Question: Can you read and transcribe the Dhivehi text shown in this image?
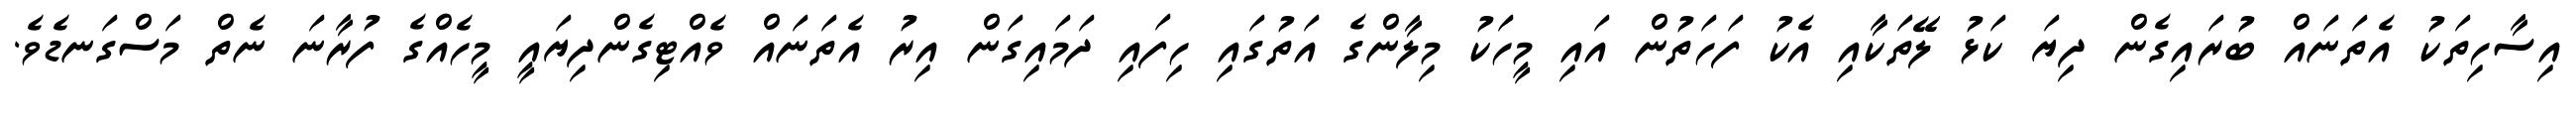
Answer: އިސާހިތަކު އެތަނައް ބުރައިގެން ދިޔަ ކަޅު ލޭތަކާއި އެކު ފަހަތުން އައި މީހަކު މިލާންގެ އަތުގައި ހިފައި ދަމައިގަން އިރު އެތަނައް ވެއްޓިގެންދިޔައީ މީހެއްގެ ފުރާނަ ނެތް މަސްގަނޑެވެ.